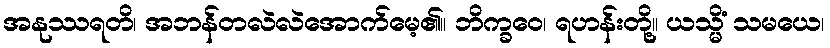
အနုဿရတိ၊ အဘန်တလဲလဲအောက်မေ့၏။ ဘိက္ခဝေ၊ ရဟန်းတို့။ ယသ္မိံ သမယေ၊